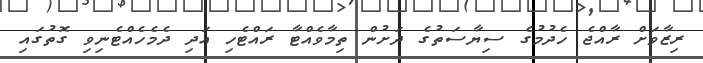
ރިޒާވަށް ރާއްޖެ ހެދުމުގެ ސިޔާސަތުގެ ދަށުން ތިމާވެއްޓާ ރައްޓެހި އަދި ދެމެހެއްޓެނިވި ގޮތުގައި